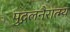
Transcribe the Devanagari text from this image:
पुद्गलनैरात्म्य